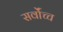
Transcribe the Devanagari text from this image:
सर्वोंच्च